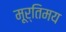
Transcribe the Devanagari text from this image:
मूर्तिमय